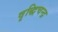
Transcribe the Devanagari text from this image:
वृद्धिचन्द्र